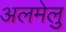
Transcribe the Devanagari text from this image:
अलमेलु